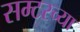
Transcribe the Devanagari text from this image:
सम्टरच्या